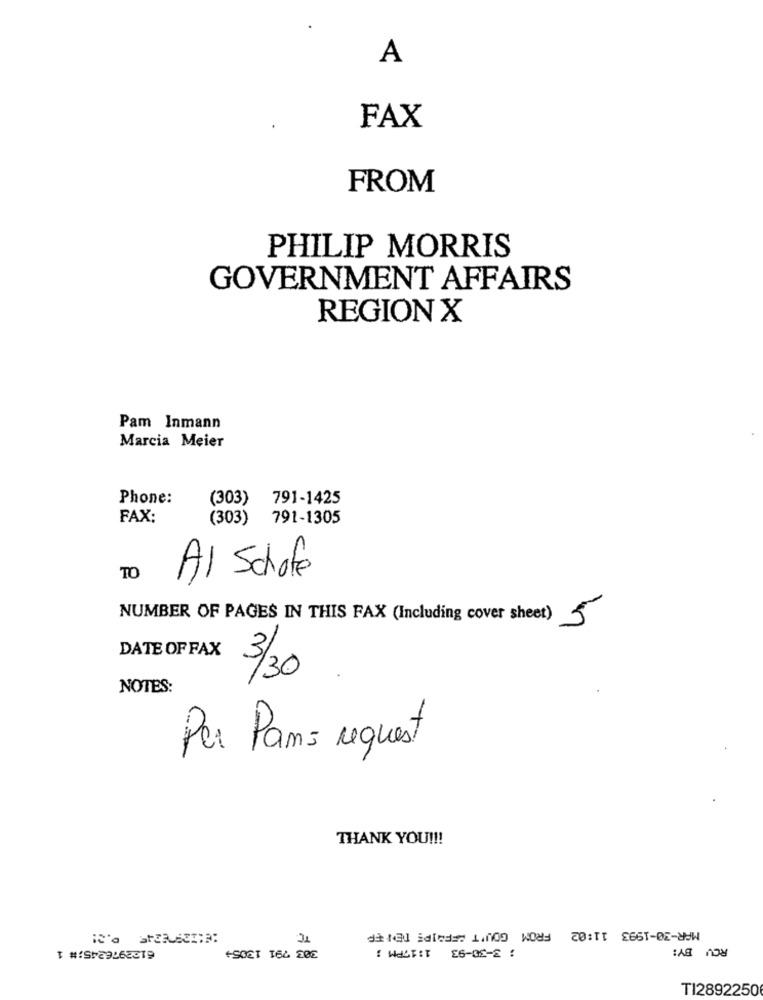
A
FAX
FROM
PHILIP MORRIS
GOVERNMENT AFFAIRS
REGION X
Pam Inmann
Marcia Meier
Phone:
(303) 791-1425
FAX:
(303) 791-1305
TO
Al Schafe
NUMBER OF PAGES IN THIS FAX (Including cover sheet) 5
DATE OF FAX
3/30
NOTES:
Per Pams request
THANK YOU !!!
de tel idid =: 1.000 WOWd 20:TT £66T-DE-89W
RCV BY:
+SOET 164 20E
: WHATIT E6-02-2 :
TI2892250